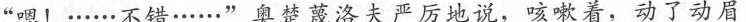
“嗯!.....·不错·.....”奥楚蔑洛夫严厉地说，咳嗽着，动了动眉